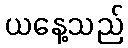
ယနေ့သည်